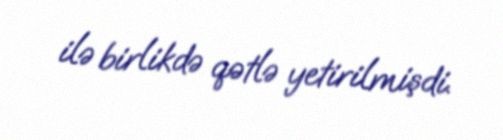
ilə birlikdə qətlə yetirilmişdi.